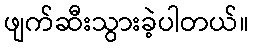
ဖျက်ဆီးသွားခဲ့ပါတယ်။